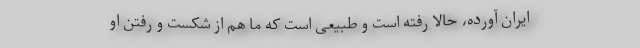
ایران آورده، حالا رفته است و طبیعی است که ما هم از شکست و رفتن او